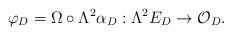
LaTeX: \begin{align*}\varphi_{D}=\Omega\circ\Lambda^{2}\alpha_{D}:\Lambda^{2}E_{D}\rightarrow\mathcal{O}_{D}.\end{align*}